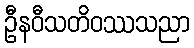
ဦနဝီသတိဝဿသညာ